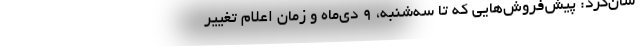
شان‌کرد: پیش‌فروش‌هایی که تا سه‌شنبه، ۹ دی‌ماه و زمان اعلام تغییر